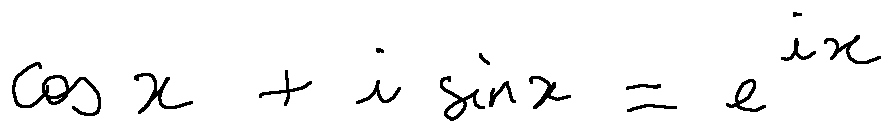
\cos x + i \sin x = e ^ { i x }